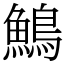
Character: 鷠